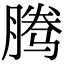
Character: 腾